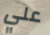
علي